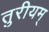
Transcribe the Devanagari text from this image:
तुरीयम्‌